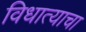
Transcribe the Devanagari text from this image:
विधात्याचा